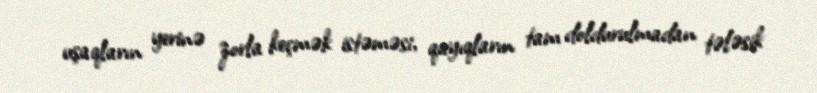
uşaqların yerinə zorla keçmək istəməsi, qayıqların tam doldurulmadan tələsik